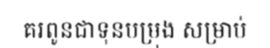
គរពូនជាទុនបម្រុង សម្រាប់